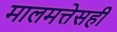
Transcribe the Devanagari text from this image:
मालमत्तेसही